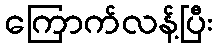
ကြောက်လန့်ပြီး